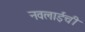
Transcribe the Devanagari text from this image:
नवलाईची